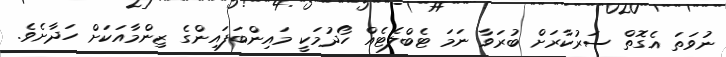
ނުވަތަ އެގޮތް ސަރުކާރަށް ބުރަވާ ނަމަ ޓެބްލެޓެއް ހޯދުމަކީ މައިންބަފައިންގެ ޒިންމާއަކަށް ހަދާށެވެ.